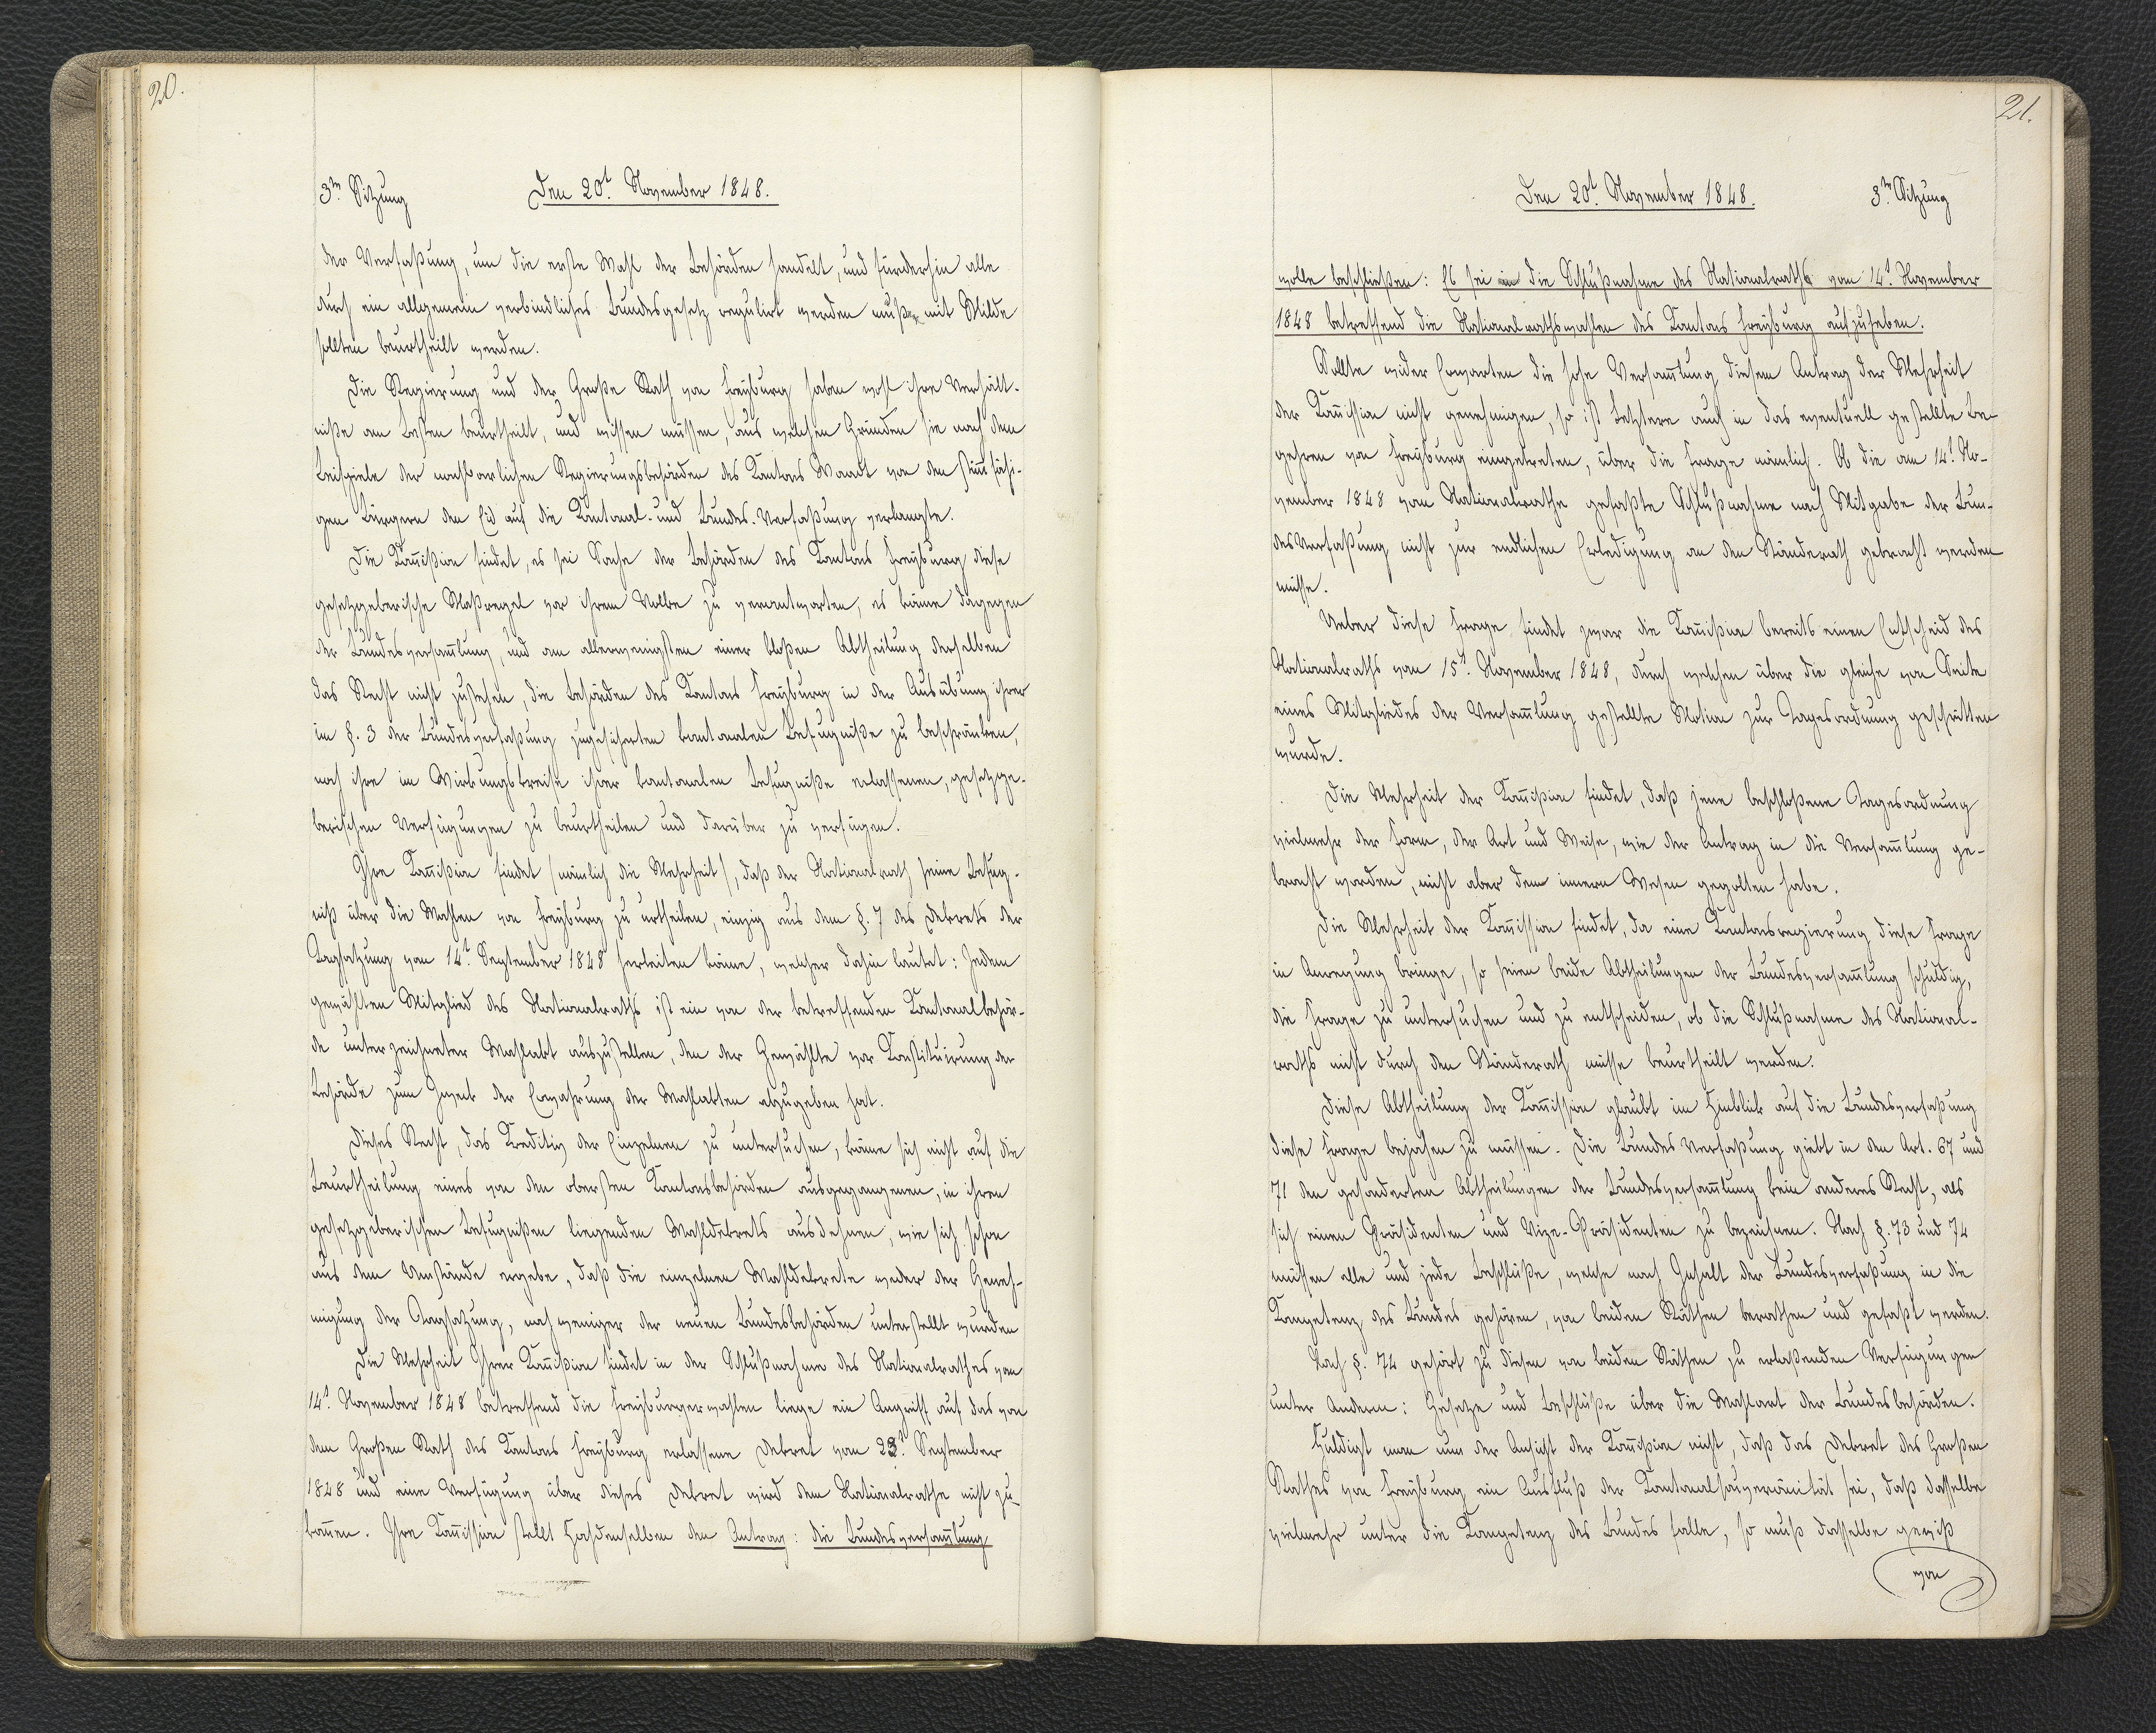
20.

3.te Sitzung
Den 20.t November 1848.

der Verfaßung, um die erste Wahl der Behörden handelt, und fürderhin alle
durch ein allgemein verbindliches Bundesgesetz regulirt werden müße mit Milde
sollten beurtheilt werden.
Die Regierung und der Große Rath von Freyburg haben wohl ihre Verhält¬
niße am besten beurtheilt, und wissen müssen, aus welchen Gründen sie noch den
Leitziele der xxxwarlichen Regierungsbehörden des Kantons Waadt von den stimm fähi¬
gen Bürgern den Eid auf die Kantonal- und Bundes-Verfaßung verlangte.
Die Kommißion findet, es sei Sache der Behörden des Kantons Freyburg diese
gesetzgeberliche Maßregel vor ihrem Volke zu verantworten, es könne dagegen
der Bundesversammlung, und am allerwenigsten einer bloßen Abtheilung derselben
das Recht nicht zusehen, die Behörden des Kantons Freyburg in der Ausübung ihrer
im §. 3 der Bundesverfaßung zugesicherten kantonalen Befugniße zu beschränken,
noch ihre im Wirkungskreise ihrer kantonalen Befugniße erlassenen, gesetzge¬
berischen Verfügungen zu beurtheilen und darüber zu verfügen.
Ihre Kommißion findet (nämlich die Mehrheit), daß der Nationalrath seine Befug¬
niß über die Wahlen von Freyburg zu urtheilen, einzig aus dem §. 7 des Dekrets der
Tagsatzung von 14.t September 1848 herleiten könne, welcher dahin lautet: Jedem
gewählten Mitglied des Nationalraths ist ein von der betreffenden Kantonalbehör¬
de unterzeichneter Wahlakt auszustellen, den der Gewählte vor Konstituirung der
Behörde zum xxx der Erwahrung der Wahlakten abzugeben hat.
Dieses Recht, das Kreditiv der Einzelnen zu untersuchen, könne sich nicht auf die
Beurtheilung eines von den obersten Kantonsbehörden ausgegangenen, in ihren
gesetzgeberischen Befugnißen liegenden Wahldekrets ausdehnen, wie sich schon
aus dem Umstände ergebe, daß die einzelnen Wahldekrete weder der Geneh¬
migung der Tagsatzung, noch weniger der neuen Bundesbehörden unterstellt wurden
Die Mehrheit Ihrer Kommißion findet in der Schlußnahme des Nationalrathes vom
14.t November 1848 betreffend die Freyburgerwahlen liege ein Angriff auf das von
dem Großen Rath des Kantons Freyburg erlassene Dekret vom 23.t September
1848 und eine Verfügung über dieses Dekret wird dem Nationalrathe nicht zu¬
kommen. Ihre Kommission stellt hochdenselben von Antrag: die Bundesversammlung

21.

Den 20.t November 1848.
3.te Sitzung

wolle beschließen: Es sei in die Schlußnahme des Nationalraths vom 14.t November
1848 betreffend die Nationalrathswahlen des Kantons Freyburg aufzuheben.
Sollte wider Erwarten die hohe Versammlung diesem Antrag der Mehrheit
der Kommission nicht genehmigen, so ist letztere auch in das eventuell gestellte Be¬
gehren von Freyburg eingetreten, über die Frage nämlich. Ob die am 14.t No¬
vember 1848 vom Nationalrathe gefaßte Schlußnahme nach Mitgabe der Bun¬
des Verfaßung nicht zur endlichen Erledigung an den Ständerath gebracht werden
müsse.
Ueber diese Frage findet zwar die Kommißion bereits einen Entscheid des
Nationalrathes vom 15.t November 1848, durch welchen über die gleiche von Seite
eines Mitgliedes der Versammlung gestellte Motion zur Tagesordnung geschritten
wurde.
Die Mehrheit der Kommißion findet, daß jene beschloßene Tagesordnung
vielmehr der Form, der Art und Weise, wie der Antrag in die Verhandlung ge¬
bracht worden, nicht aber dem inneren Wesen gegolten habe.
Die Mehrheit der Kommission findet, da eine Kantonsregierung diese Frage
in Anregung bringe, so seien beide Abtheilungen der Bundesversammlung schuldig,
die Frage zu untersuchen und zu entscheiden, ob die Schlußnahme des National¬
raths nicht durch den Ständerath müsse beurtheilt werden.
Diese Abtheilung der Kommission glaubt im Hinblick auf die Bundesverfaßung
diese Frage bejahen zu müssen. Die Bundes Verfaßung giebt in den Art. 67 und
71 den gesonderten Abtheilungen der Bundesversammlung kein anderes Recht, als
sich einen Präsidenten und Vize-Präsidenten zu bezeichnen. Nach §. 73 und 74
müssen alle und jede Beschlüße, welche nach Gehalt der Bundesverfaßung in die
Kompetenz des Bundes gehören, von beiden Räthen berathen und gefaßt werden.
Nach §. 74 gehört zu diesen von beiden Räthen zu erlaßenden Verfügungen
unter anderm: Gesetze und Beschlüße über die Wahlart der Bundesbehörden.
Huldigt man nun der Ansicht der Kommißion nicht, daß das Dekret des Großen
Rathes von Freyburg ein Ausfluß der Kantonalsouveränität sei, daß dasselbe
vielmehr unter die Kompetenz des Bundes falle, so muß dasselbe gewiß
von